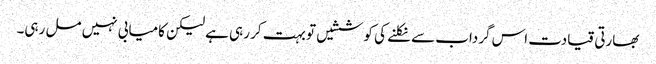
بھارتی قیادت اس گرداب سے نکلنے کی کوششیں تو بہت کر رہی ہے لیکن کامیابی نہیں مل رہی۔